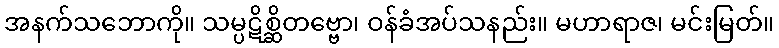
အနက်သဘောကို။ သမ္ပဋိစ္ဆိတဗ္ဗော၊ ဝန်ခံအပ်သနည်း။ မဟာရာဇ၊ မင်းမြတ်။